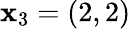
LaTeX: \mathbf{x}_{3}=(2,2)